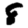
Digit: 8